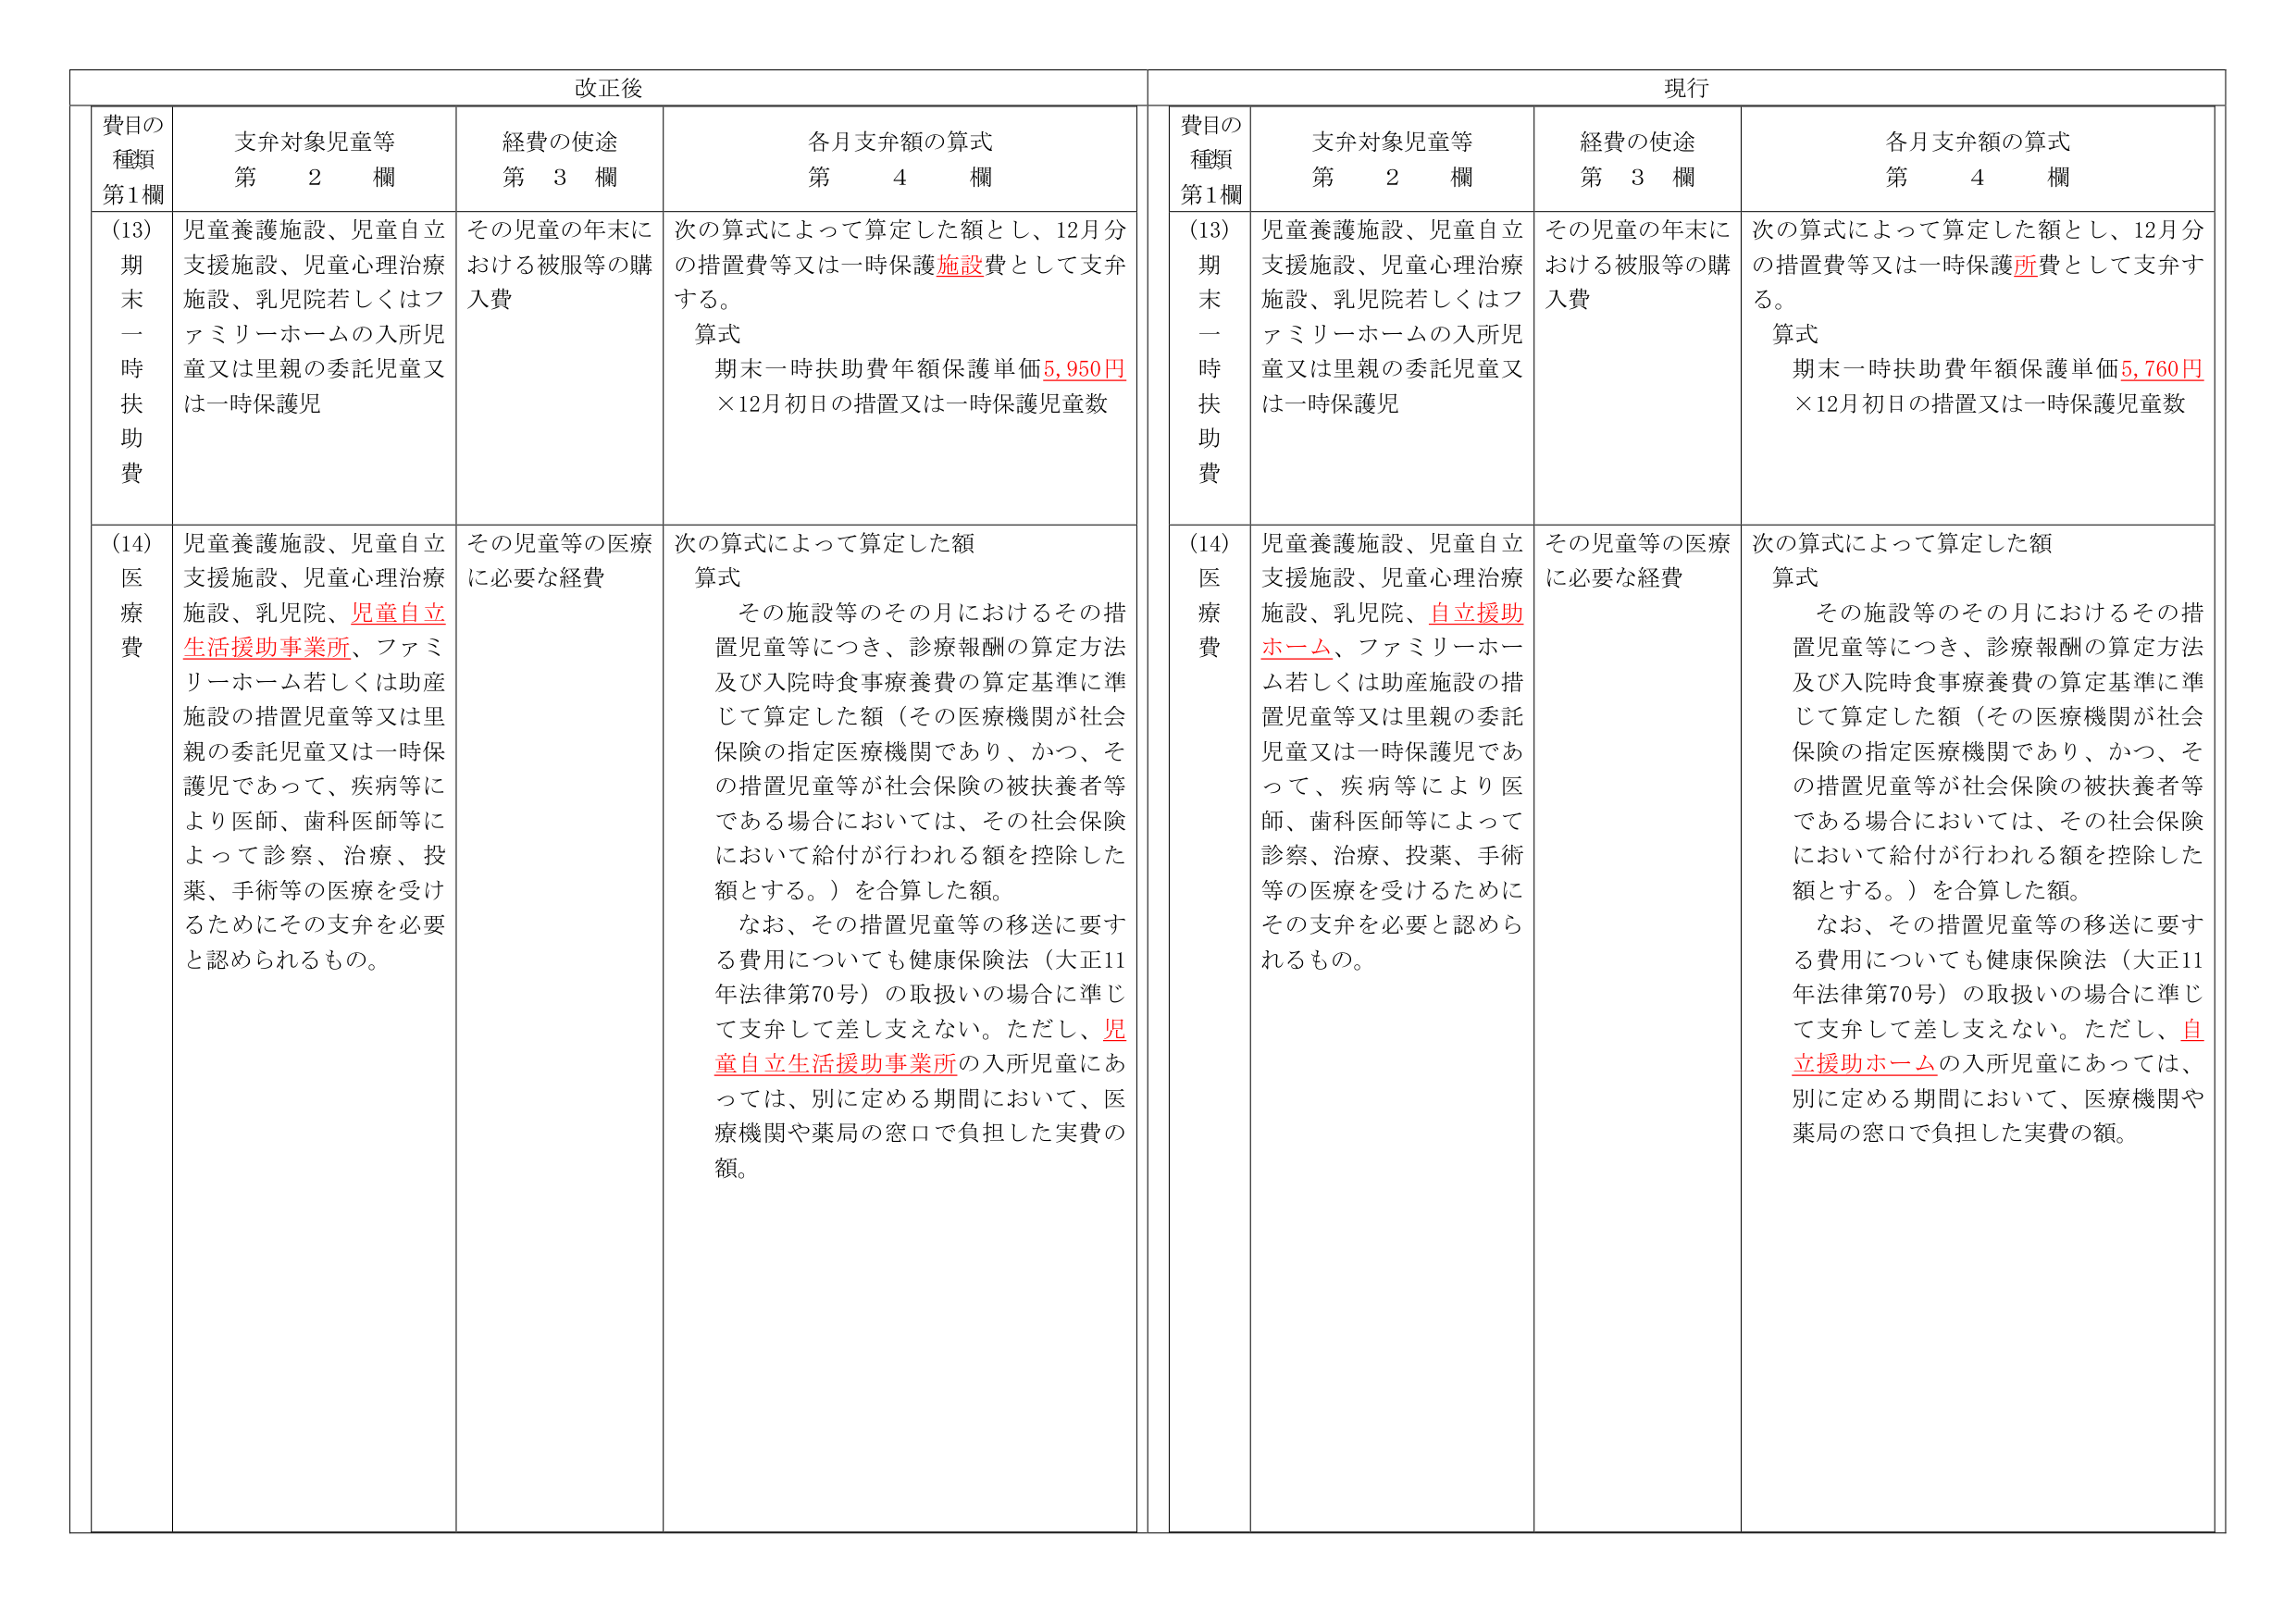
改正後

費目の種類 第1欄
支弁対象児童等 第 2 欄
経費の使途 第 3 欄
各月支弁額の算式 第 4 欄

(13) 期末一時扶助費
児童養護施設、児童自立支援施設、児童心理治療施設、乳児院若しくはファミリーホームの入所児童又は里親の委託児童又は一時保護児
その児童の年末における被服等の購入費
次の算式によって算定した額とし、12月分の措置費等又は一時保護施設費として支弁する。
算式
期末一時扶助費年額保護単価5,950円
×12月初日の措置又は一時保護児童数

(14) 医療費
児童養護施設、児童自立支援施設、児童心理治療施設、乳児院、児童自立生活援助事業所、ファミリーホーム若しくは助産施設の措置児童等又は里親の委託児童又は一時保護児であって、疾病等により医師、歯科医師等によって診察、治療、投薬、手術等の医療を受けるためにその支弁を必要と認められるもの。
その児童等の医療に必要な経費
次の算式によって算定した額
算式
その施設等のその月におけるその措置児童等につき、診療報酬の算定方法及び入院時食事療養費の算定基準に準じて算定した額（その医療機関が社会保険の指定医療機関であり、かつ、その措置児童等が社会保険の被扶養者等である場合においては、その社会保険において給付が行われる額を控除した額とする。）を合算した額。
なお、その措置児童等の移送に要する費用についても健康保険法（大正11年法律第70号）の取扱いの場合に準じて支弁して差し支えない。ただし、児童自立生活援助事業所の入所児童にあっては、別に定める期間において、医療機関や薬局の窓口で負担した実費の額。

現行

費目の種類 第1欄
支弁対象児童等 第 2 欄
経費の使途 第 3 欄
各月支弁額の算式 第 4 欄

(13) 期末一時扶助費
児童養護施設、児童自立支援施設、児童心理治療施設、乳児院若しくはファミリーホームの入所児童又は里親の委託児童又は一時保護児
その児童の年末における被服等の購入費
次の算式によって算定した額とし、12月分の措置費等又は一時保護所費として支弁する。
算式
期末一時扶助費年額保護単価5,760円
×12月初日の措置又は一時保護児童数

(14) 医療費
児童養護施設、児童自立支援施設、児童心理治療施設、乳児院、自立援助ホーム、ファミリーホーム若しくは助産施設の措置児童等又は里親の委託児童又は一時保護児であって、疾病等により医師、歯科医師等によって診察、治療、投薬、手術等の医療を受けるためにその支弁を必要と認められるもの。
その児童等の医療に必要な経費
次の算式によって算定した額
算式
その施設等のその月におけるその措置児童等につき、診療報酬の算定方法及び入院時食事療養費の算定基準に準じて算定した額（その医療機関が社会保険の指定医療機関であり、かつ、その措置児童等が社会保険の被扶養者等である場合においては、その社会保険において給付が行われる額を控除した額とする。）を合算した額。
なお、その措置児童等の移送に要する費用についても健康保険法（大正11年法律第70号）の取扱いの場合に準じて支弁して差し支えない。ただし、自立援助ホームの入所児童にあっては、別に定める期間において、医療機関や薬局の窓口で負担した実費の額。